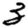
Digit: 3